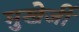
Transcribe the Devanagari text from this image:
मुखेर्जी